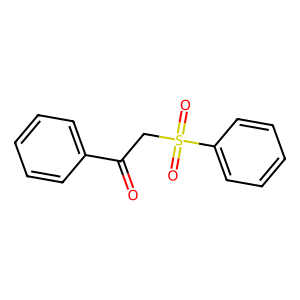
SMILES: O=C(CS(=O)(=O)c1ccccc1)c1ccccc1
Inhibits HIV replication: No